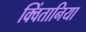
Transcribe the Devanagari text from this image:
क्विंतानिया